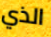
الذي